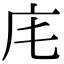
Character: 𢇠